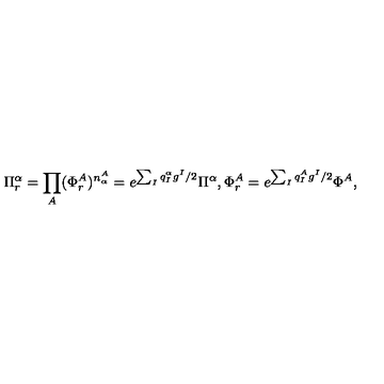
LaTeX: \Pi _ { r } ^ { \alpha } = \prod _ { A } ( \Phi _ { r } ^ { A } ) ^ { n _ { \alpha } ^ { A } } = e ^ { \sum _ { I } q _ { I } ^ { \alpha } g ^ { I } / 2 } \Pi ^ { \alpha } , \Phi _ { r } ^ { A } = e ^ { \sum _ { I } q _ { I } ^ { A } g ^ { I } / 2 } \Phi ^ { A } ,